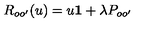
R _ { o o ^ { \prime } } ( u ) = u { \bf 1 } + \lambda P _ { o o ^ { \prime } }